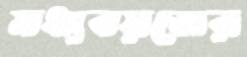
মধ্যবয়সের